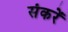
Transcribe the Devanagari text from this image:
संकरें